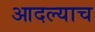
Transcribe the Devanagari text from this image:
आदल्याच